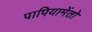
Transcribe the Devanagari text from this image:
पापियामेंतो